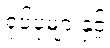
ရုပ်ပုံများနှင့်